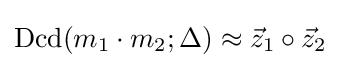
{\text{Dcd}}(m_{1}\cdot m_{2};\Delta )\approx {\vec {z}}_{1}\circ {\vec {z}}_{2}